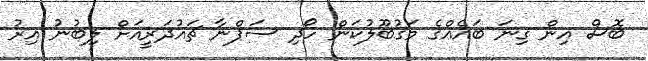
ބޮސް އިން ގިނަ ބައެއްގެ މަގުބޫލުކަން ހޯދި ސަޕްނާ ޗައުދަރީއަށް ލިބުނު އިރު